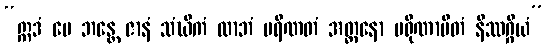
“ဣဒံ မေ ဘန္တေ ဇာနံ သံဃိကံ လာဘံ ပရိဏတံ အတ္တနော ပရိုဏာမိတံ နိဿဂ္ဂိယံ”